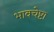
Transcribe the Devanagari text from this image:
भावचेष्टा